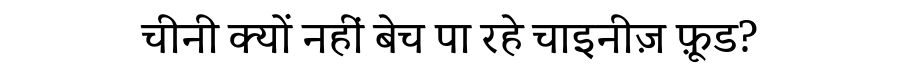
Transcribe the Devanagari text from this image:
चीनी क्यों नहीं बेच पा रहे चाइनीज़ फ़ूड?